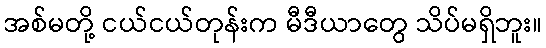
အစ်မတို့ ငယ်ငယ်တုန်းက မီဒီယာတွေ သိပ်မရှိဘူး။